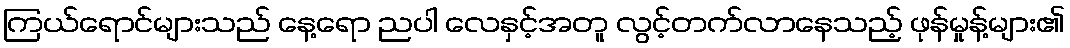
ကြယ်ရောင်များသည် နေ့ရော ညပါ လေနှင့်အတူ လွင့်တက်လာနေသည့် ဖုန်မှုန့်များ၏